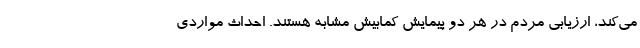
مي‌كند، ارزيابي مردم در هر دو پيمايش كمابيش مشابه هستند. احداث مواردی